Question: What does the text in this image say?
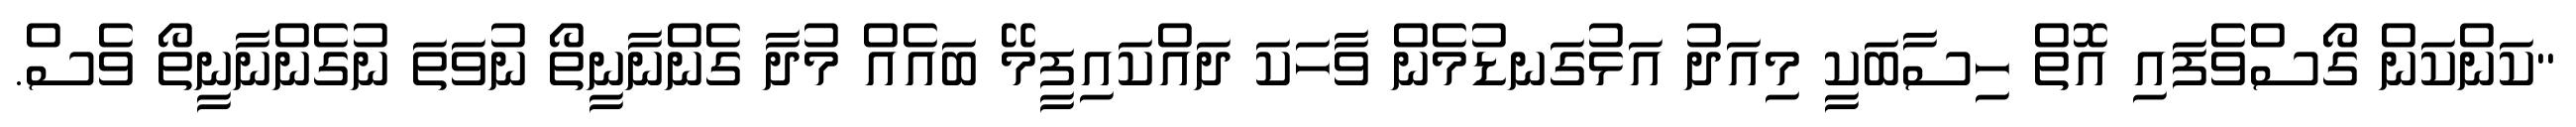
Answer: "ކަންކަން ގޯސްވެފައި އޮތް ހިސާބަކީ މިއަދު އަޅުގަނޑުމެން ވާހަކަ ދައްކައިފީމޭ ބައެއް މުދާ ގެންނާނީތޯ ނުވަތަ ނުގެންނާނީތޯ ވެސް.